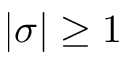
| \sigma | \geq 1